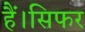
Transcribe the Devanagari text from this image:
हैं।सिफर